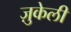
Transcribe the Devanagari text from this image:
ज़ुकेली